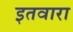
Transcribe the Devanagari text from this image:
इतवारा